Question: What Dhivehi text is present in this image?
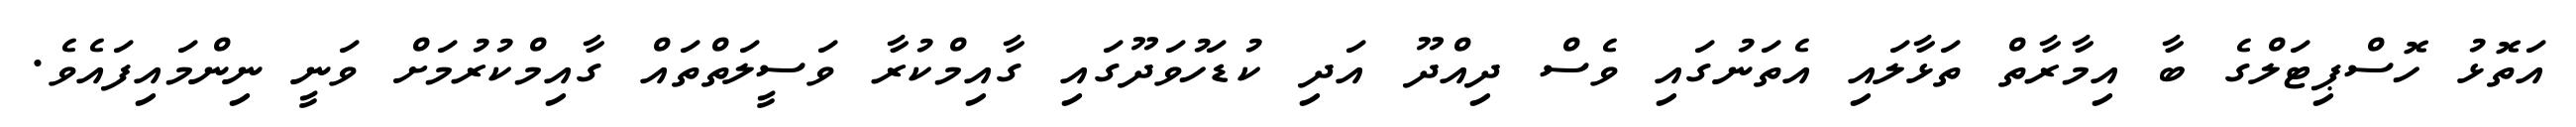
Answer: އަތޮޅު ހޮސްޕިޓަލްގެ ބާ އިމާރާތް ތަޅާލައި އެތަނުގައި ވެސް ދިއްދޫ އަދި ކުޑަހުވަދޫގައި ގާއިމްކުރާ ވަސީލަތްތައް ގާއިމްކުރުމަށް ވަނީ ނިންމައިފައެވެ.